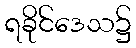
ရခိုင်ဒေသ၌